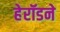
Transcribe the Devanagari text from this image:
हेरॉडने